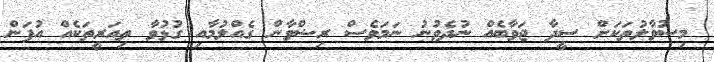
މިސުވާލުތަކަށް ސީދާ ޖަވާބެއް ނުދެވުނު ނަމަވެސް ރިޟްވާން ގެއްލުމާއި ގުޅުވާ ތިއަރީތަކެއް އުފަން